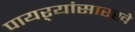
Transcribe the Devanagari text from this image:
पायऱ्यांसारखे